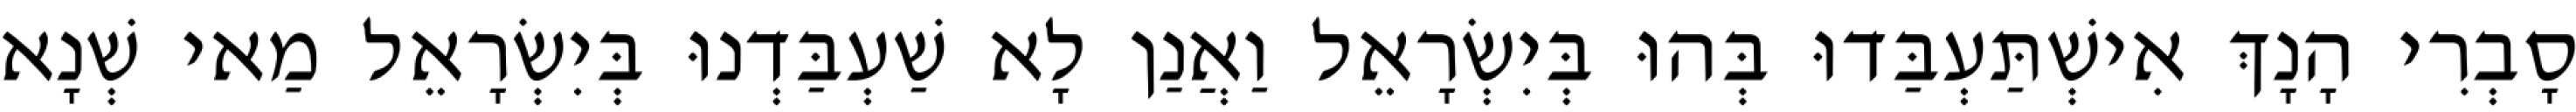
סָבְרִי הָנָךְ אִישְׁתַּעְבַּדוּ בְּהוּ בְּיִשְׂרָאֵל וַאֲנַן לָא שַׁעְבַּדְנוּ בְּיִשְׂרָאֵל מַאי שְׁנָא